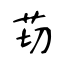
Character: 苆